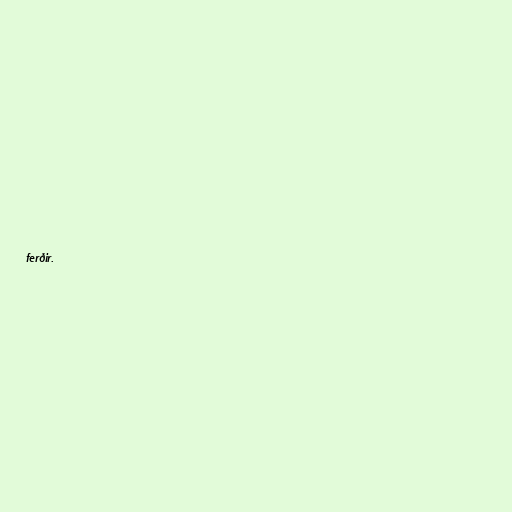
ferðir.